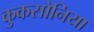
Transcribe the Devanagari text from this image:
कुकसोनिया